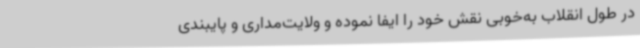
در طول انقلاب به‌خوبی نقش خود را ایفا نموده و ولایت‌مداری و پایبندی